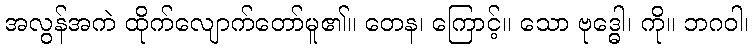
အလွန်အကဲ ထိုက်လျောက်တော်မူ၏။ တေန၊ ကြောင့်။ သော ဗုဒ္ဓေါ၊ ကို။ ဘဂဝါ၊